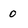
Character: 0